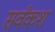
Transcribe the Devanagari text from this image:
सर्वंकश